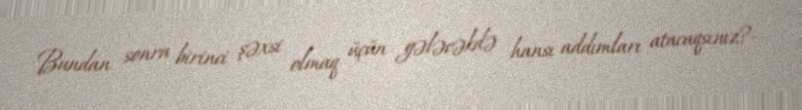
Bundan sonra birinci şəxsi olmaq üçün gələcəkdə hansı addımları atacaqsınız?-